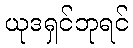
ယုဒရှင်ဘုရင်